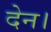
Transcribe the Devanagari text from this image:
देन।